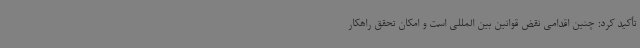
تأکید کرد: چنین اقدامی نقض قوانین بین المللی است و امکان تحقق راهکار